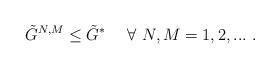
LaTeX: \begin{align*}\tilde{G}^{N,M}\leq \tilde{G}^* \ \ \ \ \forall \ N, M =1,2,...\ .\end{align*}